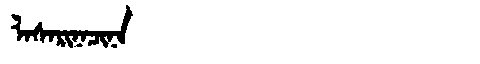
Manchu: ᠯᠠᠰᠠᡵᡳᠨᠠᠴᡳᠨᠠ
Romanization: LASARINACINA